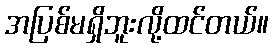
အပြစ်မရှိဘူးလို့ထင်တယ်။